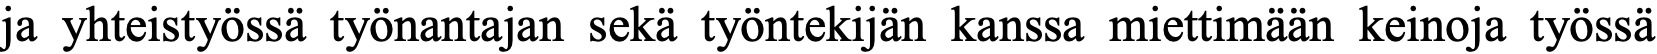
ja yhteistyössä työnantajan sekä työntekijän kanssa miettimään keinoja työssä